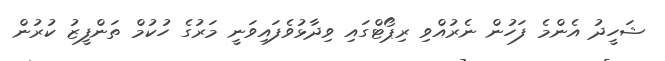
ޝަހީދު އެންމެ ފަހުން ނެރުއްވި ރިޕޯޓްގައި ވިދާޅުވެފައިވަނީ މަރުގެ ހުކުމް ތަންފީޒު ކުރުން